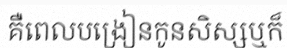
គឺពេលបង្រៀនកូនសិស្សឬក៏